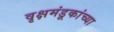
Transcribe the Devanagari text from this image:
वृक्षमंडूकांच्या